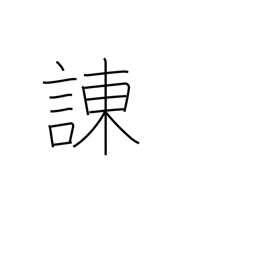
Meaning: admonish